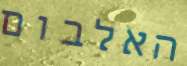
האלבום